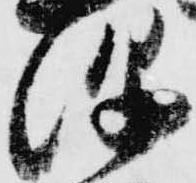
源